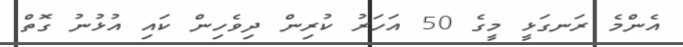
އެންމެ ރަނގަޅީ މީގެ 50 އަހަރު ކުރިން ދިވެހިން ކައި އުޅުނު ގޮތް